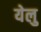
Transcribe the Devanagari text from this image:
येलु